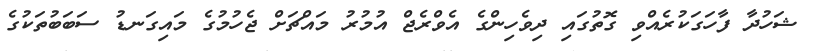
ޝަހުދާ ފާހަގަކުރެއްވި ގޮތުގައި ދިވެހިންގެ އެވްރެޖް އުމުރު މައްޗަށް ޖެހުމުގެ މައިގަނޑު ސަބަބުތަކުގެ